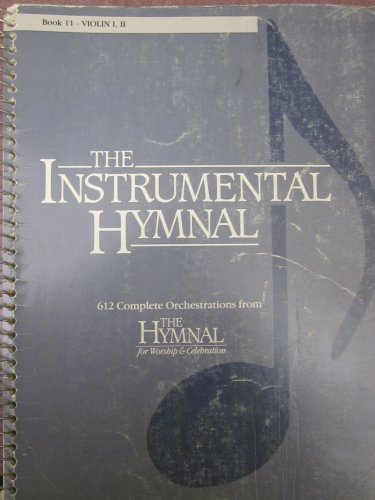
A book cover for The Instrumental Hymnal: Book 11 : Violin I, II; Word Music; Christian Books & Bibles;